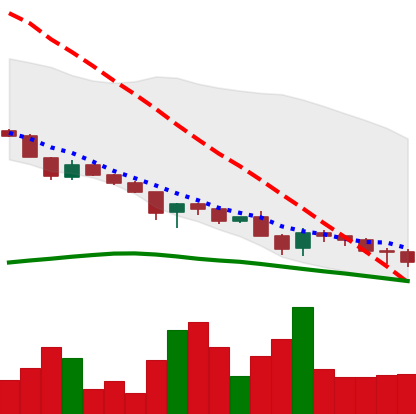
Ticker: DOGE-USD
Chart end date: 2018-11-26
Forward return: 7.194%
Label: up_7plus